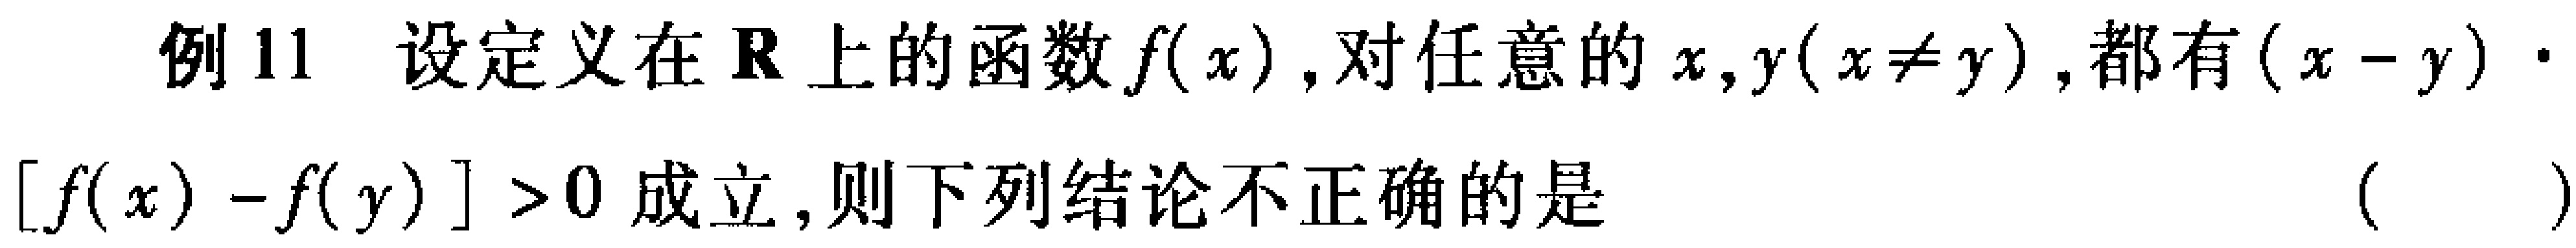
例11 设定义在\(\mathbf{R}\)上的函数\(f(x)\)，对任意的\(x,y(x\neq y)\)，都有\((x - y)\cdot[f(x)-f(y)]>0\)成立，则下列结论不正确的是 （  ）